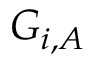
G _ { i , A }